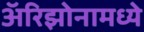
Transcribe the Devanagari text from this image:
अॅरिझोनामध्ये